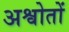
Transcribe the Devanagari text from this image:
अश्वोतों